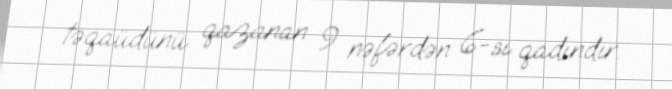
təqaüdünü qazanan 9 nəfərdən 6-sı qadındır.